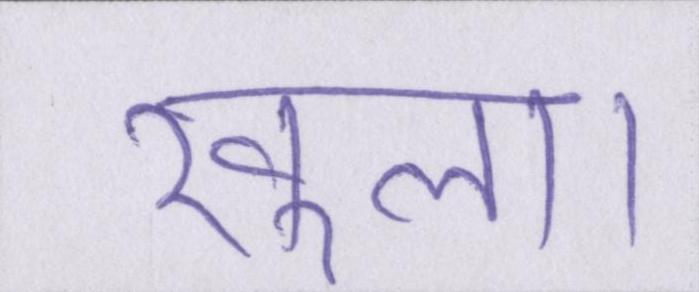
खुला।